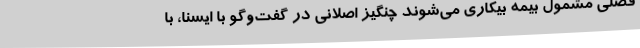
فصلی مشمول بیمه بیکاری می‌شوند چنگیز اصلانی در گفت‌وگو با ایسنا، با